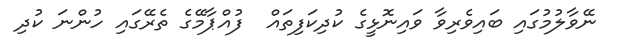
ނޭވާލުމުގައި ބައިވެރިވާ ވައިނޮޅީގެ ކުދިކަފިތައް  ފުއްޕާމޭގެ ތެރޭގައި ހުންނަ ކުދި